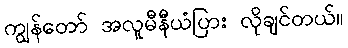
ကျွန်တော် အလူမီနီယံပြား လိုချင်တယ်။